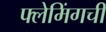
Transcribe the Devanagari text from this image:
फ्लेमिंगची